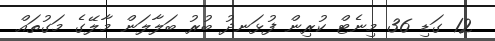
12 ގަޑި 36 މިނެޓް ކުރިން ފުޅަނދު ބުރު ބަލާލަން މާލޭގެ މަގުތައް